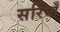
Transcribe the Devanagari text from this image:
सर्रियाँ